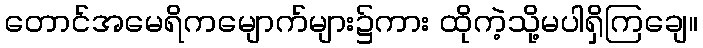
တောင်အမေရိကမျောက်များ၌ကား ထိုကဲ့သို့မပါရှိကြချေ။